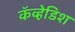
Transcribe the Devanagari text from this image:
कॅव्हेडिश